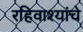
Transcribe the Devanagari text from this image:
रहिवाश्यांचे